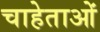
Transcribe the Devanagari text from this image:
चाहेताओं